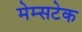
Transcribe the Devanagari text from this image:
मेम्सटेक